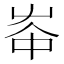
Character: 𡴑